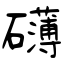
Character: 礴